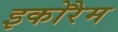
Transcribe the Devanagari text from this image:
इकोरैम